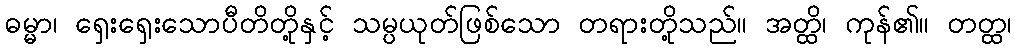
ဓမ္မာ၊ ရှေးရှေးသောပီတိတို့နှင့် သမ္ပယုတ်ဖြစ်သော တရားတို့သည်။ အတ္ထိ၊ ကုန်၏။ တတ္ထ၊